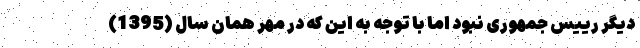
دیگر رییس جمهوری نبود اما با توجه به این که در مهر همان سال (1395)